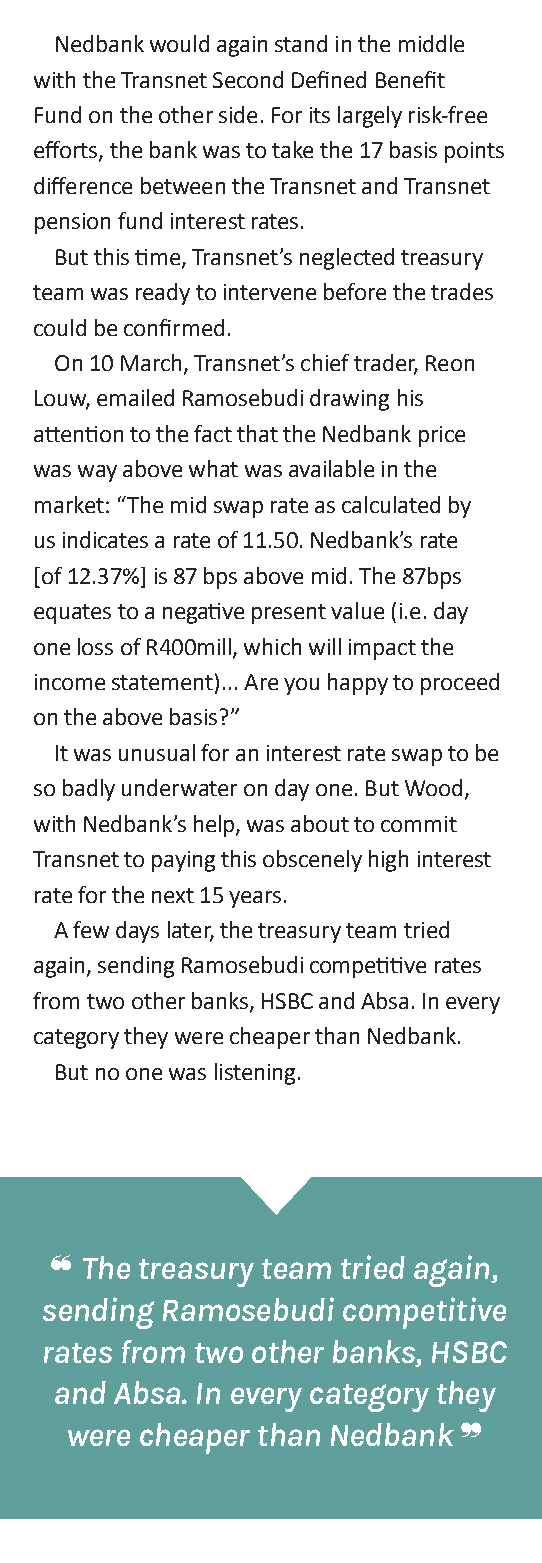
Nedbank would again stand in the middle
 with the Transnet Second Defined Benefit
 Fund on the other side. For its largely risk-free
 efforts, the bank was to take the 17 basis points
 difference between the Transnet and Transnet
 pension fund interest rates.
 But this time, Transnet’s neglected treasury
 team was ready to intervene before the trades
 could be confirmed.
 on 10 March, Transnet’s chief trader, Reon
 Louw, emailed Ramosebudi drawing his
 attention to the fact that the Nedbank price
 was way above what was available in the
 market: “The mid swap rate as calculated by
 us indicates a rate of 11.50. Nedbank’s rate
 [of 12.37%] is 87 bps above mid. The 87bps
 equates to a negative present value (i.e. day
 one loss of R400mill, which will impact the
 income statement)... Are you happy to proceed
 on the above basis?”
 It was unusual for an interest rate swap to be
 so badly underwater on day one. But Wood,
 with Nedbank’s help, was about to commit
 Transnet to paying this obscenely high interest
 rate for the next 15 years.
 A few days later, the treasury team tried
 again, sending Ramosebudi competitive rates
 from two other banks, hSBC and Absa. In every
 category they were cheaper than Nedbank.
 But no one was listening.
 ❝ The treasury team tried again,
 sending Ramosebudi  competitive
 rates from two other banks, HSBC
 and Absa. In every category they
 were cheaper than Nedbank ❞